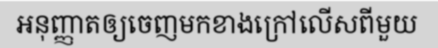
អនុញ្ញាតឲ្យចេញមកខាងក្រៅលើសពីមួយ